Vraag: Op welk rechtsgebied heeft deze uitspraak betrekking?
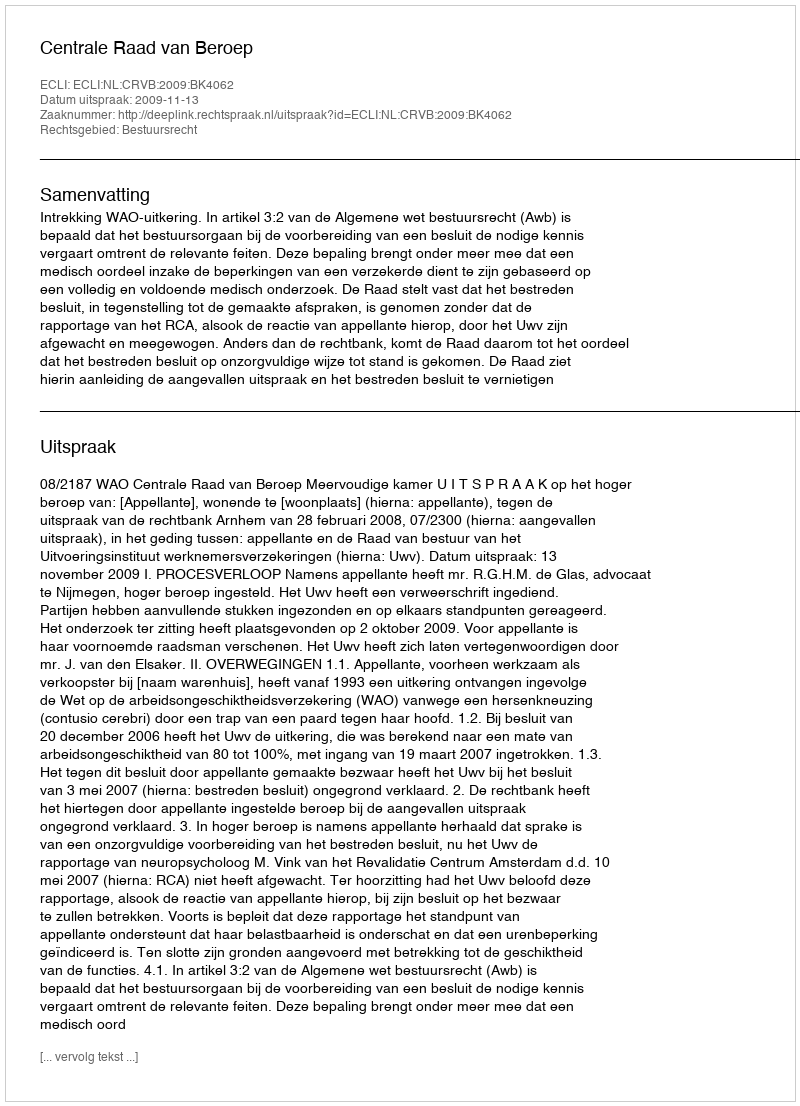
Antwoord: Bestuursrecht